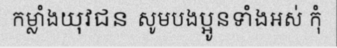
កម្លាំងយុវជន សូមបងប្អូនទាំងអស់ កុំ